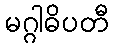
မဂ္ဂါဓိပတီ